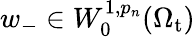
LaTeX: w_{-}\in W_{0}^{1,p_{n}}(\Omega_{\mathrm{t}})